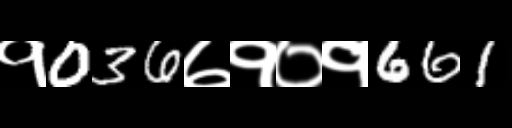
Text: १036७१०१661